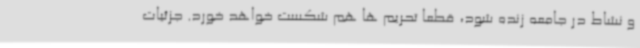
و نشاط در جامعه زنده شود، قطعاً تحریم ها هم شکست خواهد خورد. جزئیات